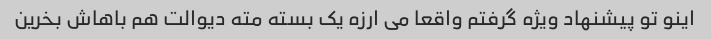
اینو تو پیشنهاد ویژه گرفتم واقعا می ارزه یک بسته مته دیوالت هم باهاش بخرین